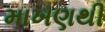
માખણથી